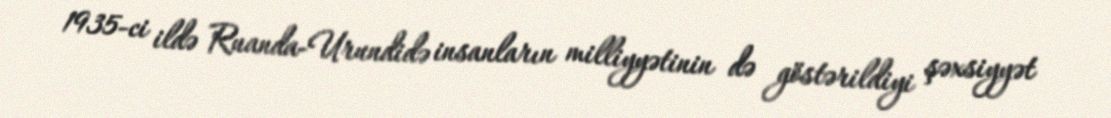
1935-ci ildə Ruanda-Urundidə insanların milliyyətinin də göstərildiyi şəxsiyyət